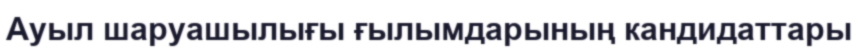
Ауыл шаруашылығы ғылымдарының кандидаттары